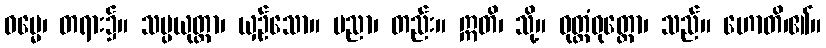
ဓမ္မေ၊ တရား၌။ သမ္ပယုတ္တာ၊ ယှဉ်သော။ ပညာ၊ တည်း။ ဣတိ၊ သို့။ ဝုတ္တံဝုတ္တော၊ သည်။ ဟောတိ၊၏။